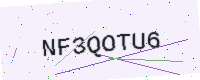
Text: NF3QOTU6